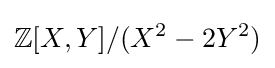
{\mathbb {Z} }[X,Y]/(X^{2}-2Y^{2})